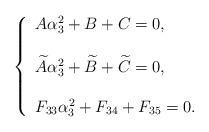
LaTeX: \begin{align*}\left\{ \begin{array}{l}A \alpha_3^2 + B + C =0, \\\\\widetilde{A} \alpha_3^2 + \widetilde{B} + \widetilde{C} =0, \\\\F_{33} \alpha_3^2 + F_{34}+F_{35}=0. \end{array}\right. \end{align*}